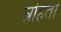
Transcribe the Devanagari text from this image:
स्नोहैता